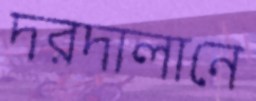
দরদালানে